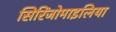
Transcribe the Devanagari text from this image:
सिरिंजोमाइलिया